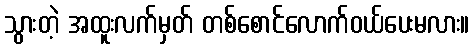
သွားတဲ့ အထူးလက်မှတ် တစ်စောင်လောက်ဝယ်ပေးမလား။